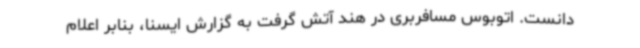
دانست. اتوبوس مسافربری در هند آتش گرفت به گزارش ایسنا، بنابر اعلام